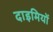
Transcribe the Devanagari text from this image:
दाइमियों